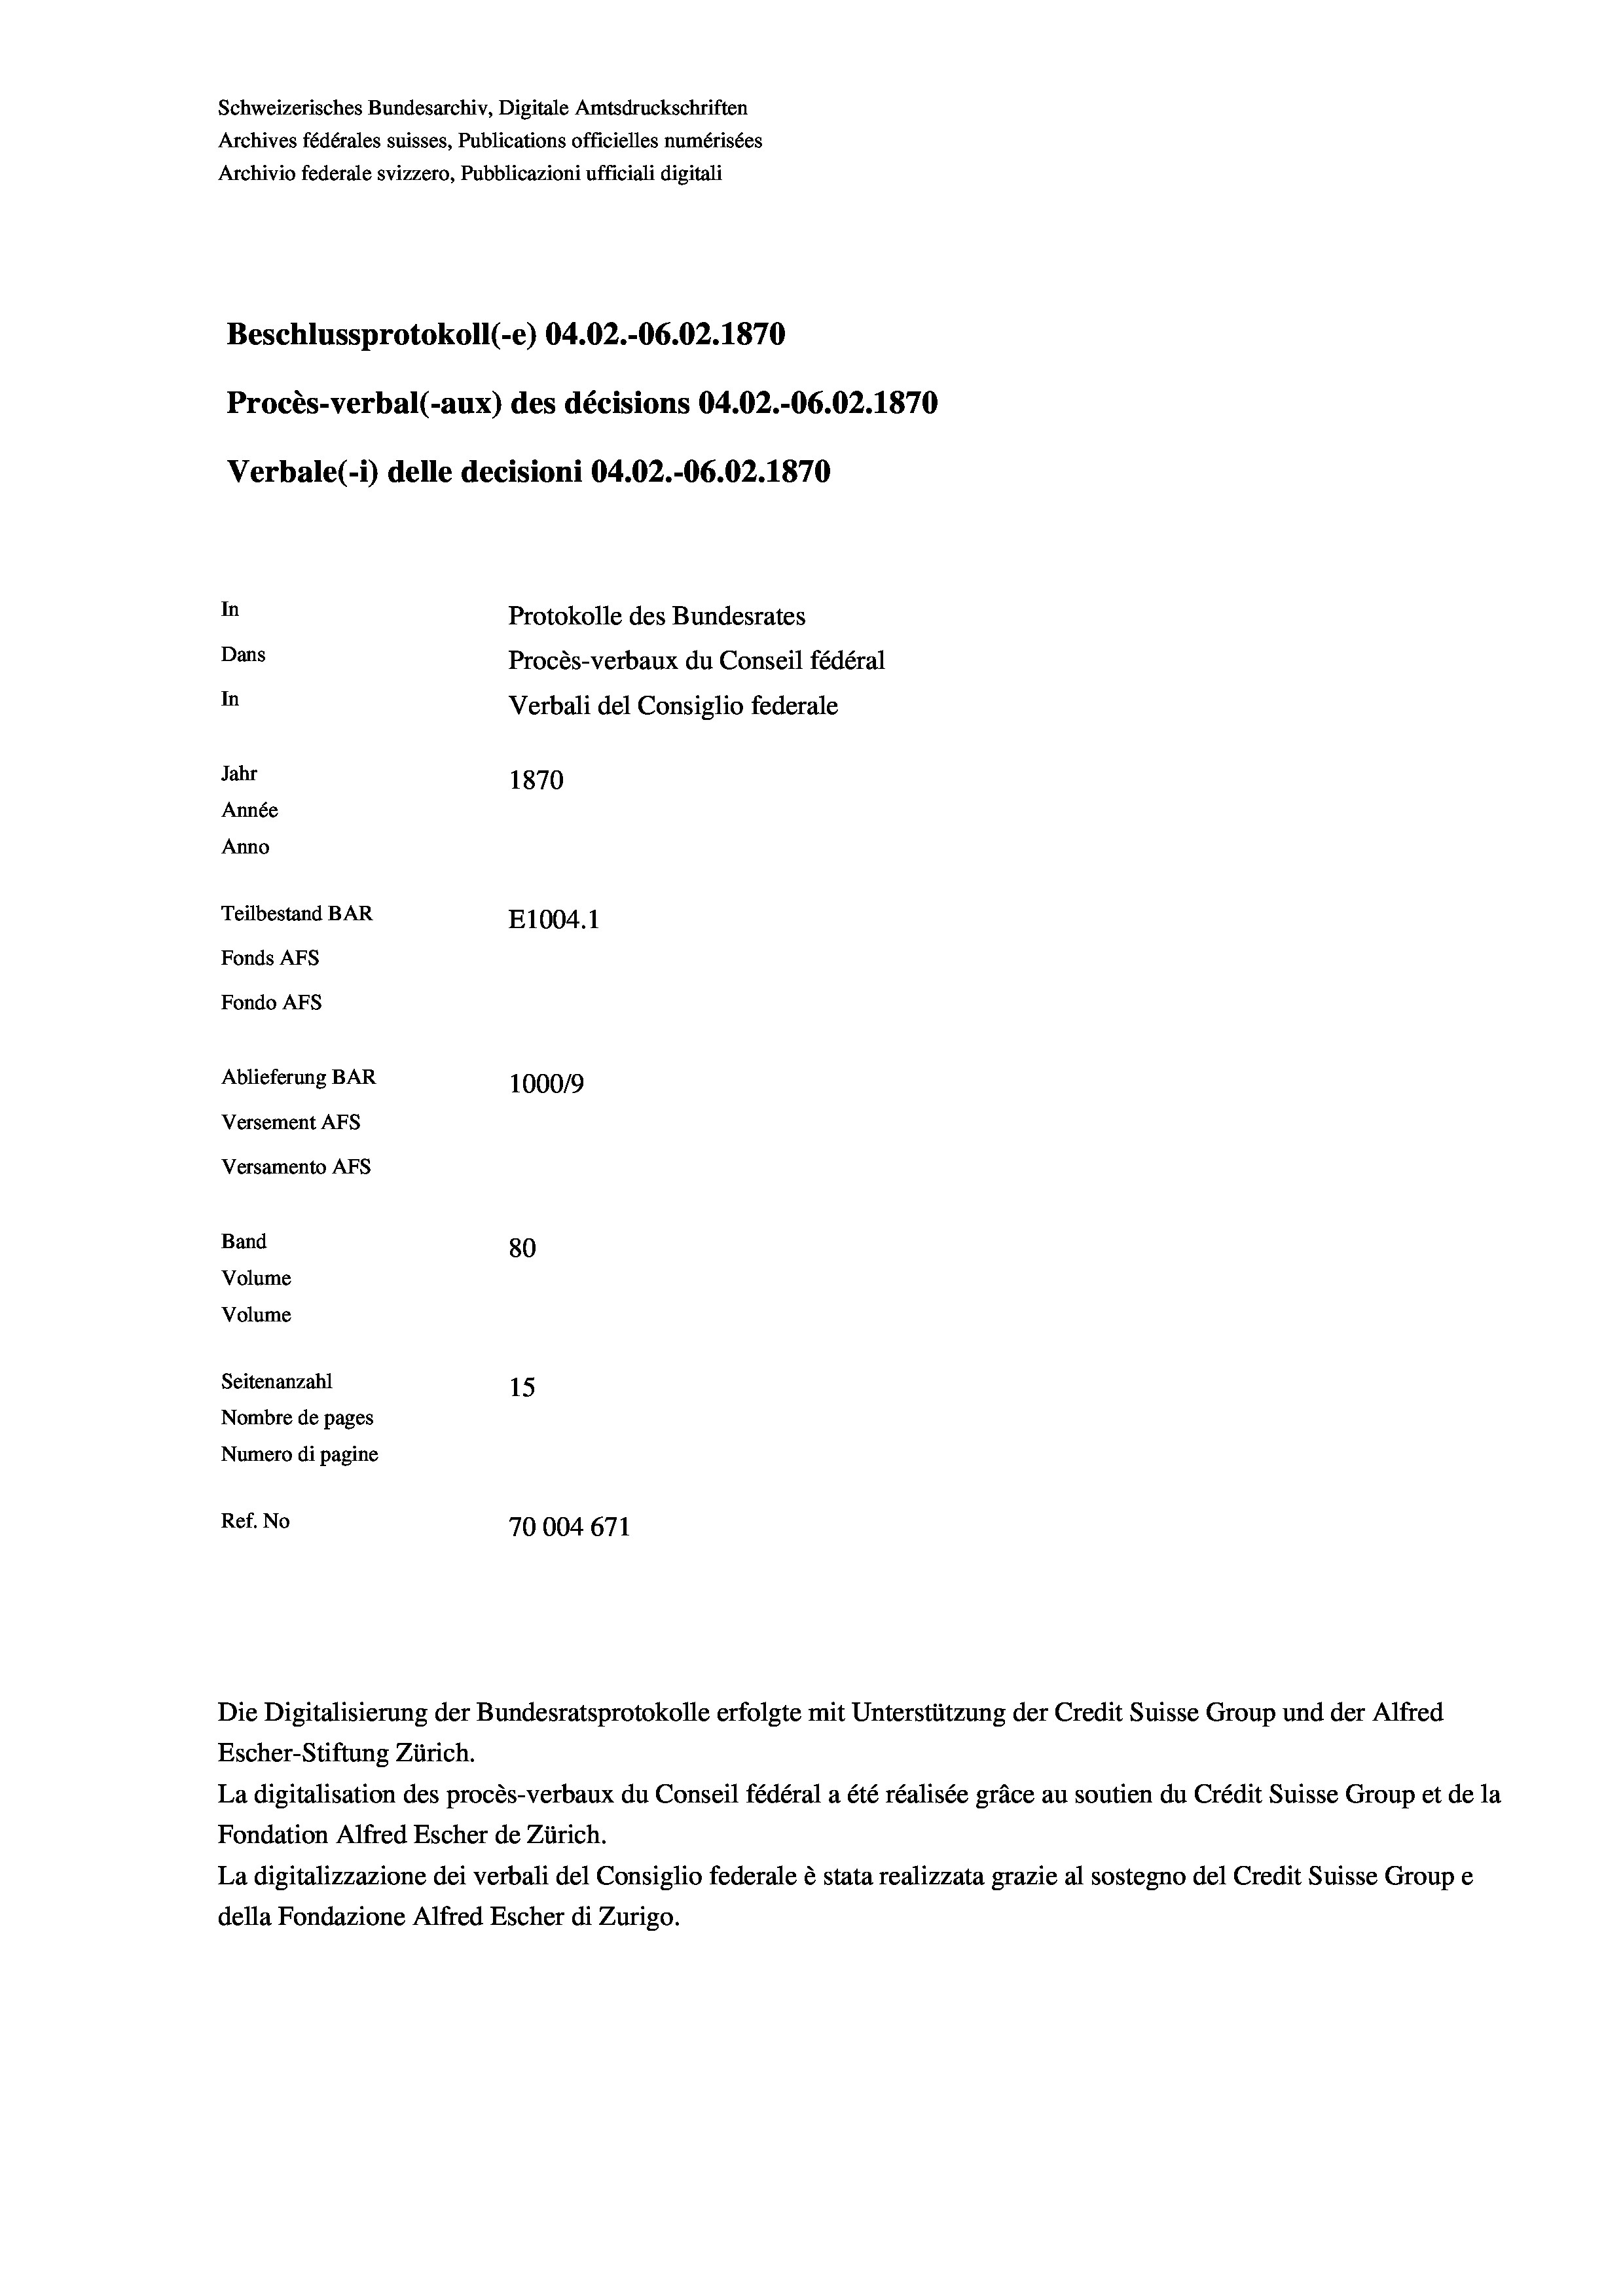
Schweizerisches Bundesarchiv, Digitale Amtsdruckschriften
Archives fédérales suisses, Publications officielles numérisées
Archivio federale svizzero, Pubblicazioni ufficiali digitali
Beschlussprotokoll (-e) 04.02.-06.02. 1870
Procès-verbal (-aux) des décisions 04.02.-06.02.1870
Verbale (1) delle decisioni 04.02.-06.02. 1870
In
Protokolle des Bundesrates
Dans
Procès-verbaux du Conseil fédéral
In
Verbali del Consiglio federale
Jahr
1870
Année
Anno
Teilbestand BAR
E1004.1
Fonds AFs
Fondo Afs
Ablieferung BAR
100019
Versement AFs
Versamento Afs

80
Seitenanzahl
15
Nombre de pages
Numero di pagine
Ref. No
70004 671

Band
Volume

Volume

Escher-Stiftung Zürich.
La digitalisation des procès-verbaux du Conseil fédéral a été réalisée gräce au soutien du Crédit Suisse Group et de la
Fondation Alfred Escher de Zürich.
La digitalizzazione dei verbali del Consiglio federale è stata realizzata grazie al sostegno del Credit Suisse Groupe
della Fondazione Alfred Escher di Zurigo.

Die Digitalisierung der Bundesratsprotokolle erfolgte mit Unterstützung der Credit Suisse Group und der Alfred